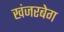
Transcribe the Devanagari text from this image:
खंजरबेग